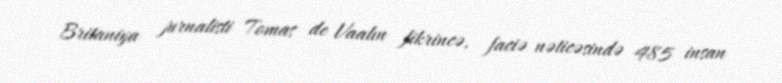
Britaniya jurnalisti Tomas de Vaalın fikrincə, faciə nəticəsində 485 insan